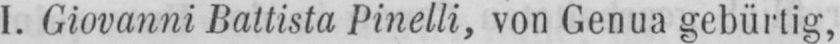
I. Giovanni Ballista Pinelli, von Genua gebürtig,